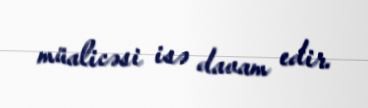
müalicəsi isə davam edir.